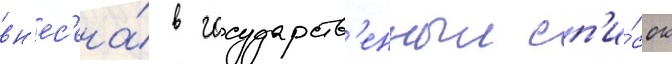
вн'ес'ена́ в государств'енныи сп'и́сок